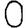
Digit: 0